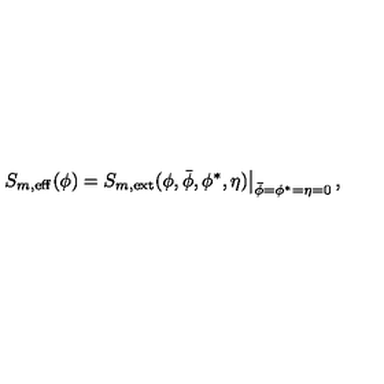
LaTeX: \left. S _ { m , \mathrm { e f f } } ( \phi ) = S _ { m , \mathrm { e x t } } ( \phi , \bar { \phi } , \phi ^ { * } , \eta ) \right| _ { \bar { \phi } = \phi ^ { * } = \eta = 0 } ,